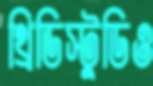
থ্রিডিস্টুডিও